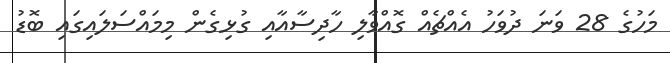
މަހުގެ 28 ވަނަ ދުވަހު އެއްޗެއް ގޮއްވާލި ހާދިސާއާއި ގުޅިގެން މިމައްސަލައިގައި ބޮޑު